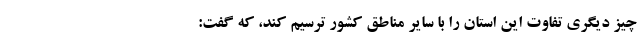
چیز دیگری تفاوت این استان را با سایر مناطق کشور ترسیم کند، که گفت: